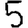
Digit: 5